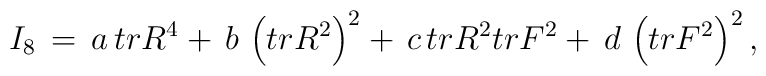
I_8\, =\, a\, tr R^4 +\, b\, \left(tr R^2\right)^2 +\, c\, tr R^2 tr F^2 +\, d\, \left(tr F^2\right)^2 ,